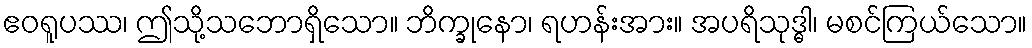
ဧဝရူပဿ၊ ဤသို့သဘောရှိသော။ ဘိက္ခုနော၊ ရဟန်းအား။ အပရိသုဒ္ဓါ၊ မစင်ကြယ်သော။